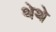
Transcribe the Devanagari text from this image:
थेथे